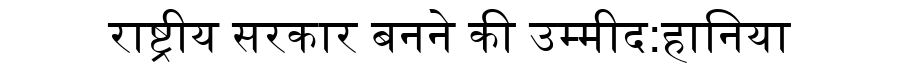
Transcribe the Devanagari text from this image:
राष्ट्रीय सरकार बनने की उम्मीद:हानिया